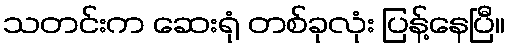
သတင်းက ဆေးရုံ တစ်ခုလုံး ပြန့်နေပြီ။